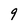
Character: 9